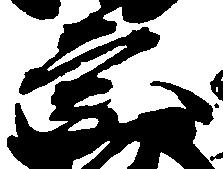
宗